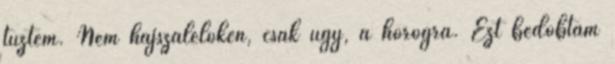
tűztem. Nem hajszálelőkén, csak úgy, a horogra. Ezt bedobtam